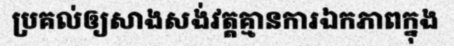
ប្រគល់ឲ្យសាងសង់វត្តគ្មានការឯកភាពក្នុង